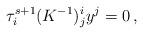
LaTeX: \begin{align*} \tau^{s+1}_i (K^{-1})^i_j y^j=0\,,\end{align*}